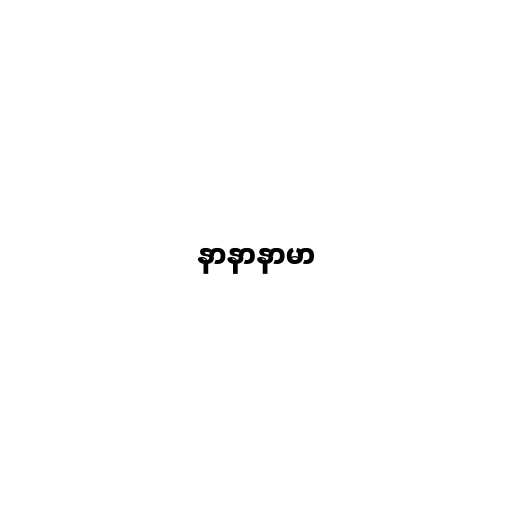
နာနာနာမာ